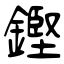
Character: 鏗